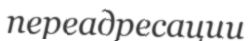
переадресации